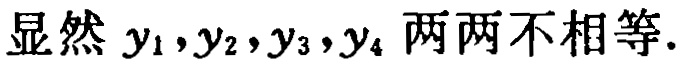
显然 \(y_1,y_2,y_3,y_4\) 两两不相等.